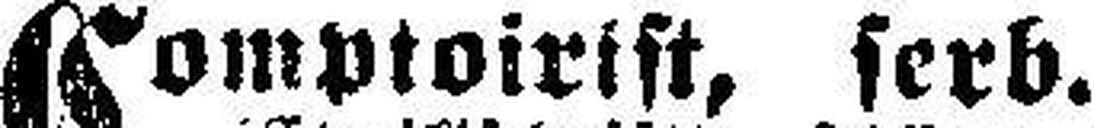
Comptoirist, serb. Sprache